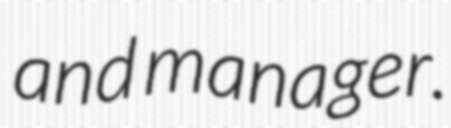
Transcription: and manager.